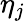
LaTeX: \eta_{j}